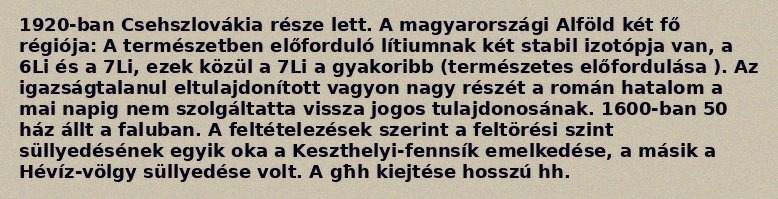
1920-ban Csehszlovákia része lett. A magyarországi Alföld két fő régiója: A természetben előforduló lítiumnak két stabil izotópja van, a 6Li és a 7Li, ezek közül a 7Li a gyakoribb (természetes előfordulása ). Az igazságtalanul eltulajdonított vagyon nagy részét a román hatalom a mai napig nem szolgáltatta vissza jogos tulajdonosának. 1600-ban 50 ház állt a faluban. A feltételezések szerint a feltörési szint süllyedésének egyik oka a Keszthelyi-fennsík emelkedése, a másik a Hévíz-völgy süllyedése volt. A għh kiejtése hosszú hh.